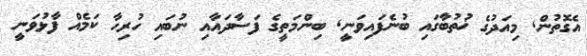
އެގޮތުން